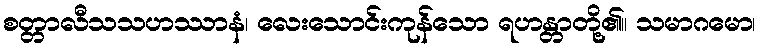
စတ္တာလီသသဟဿာနံ၊ လေးသောင်းကုန်သော ရဟန္တာတို့၏။ သမာဂမော၊